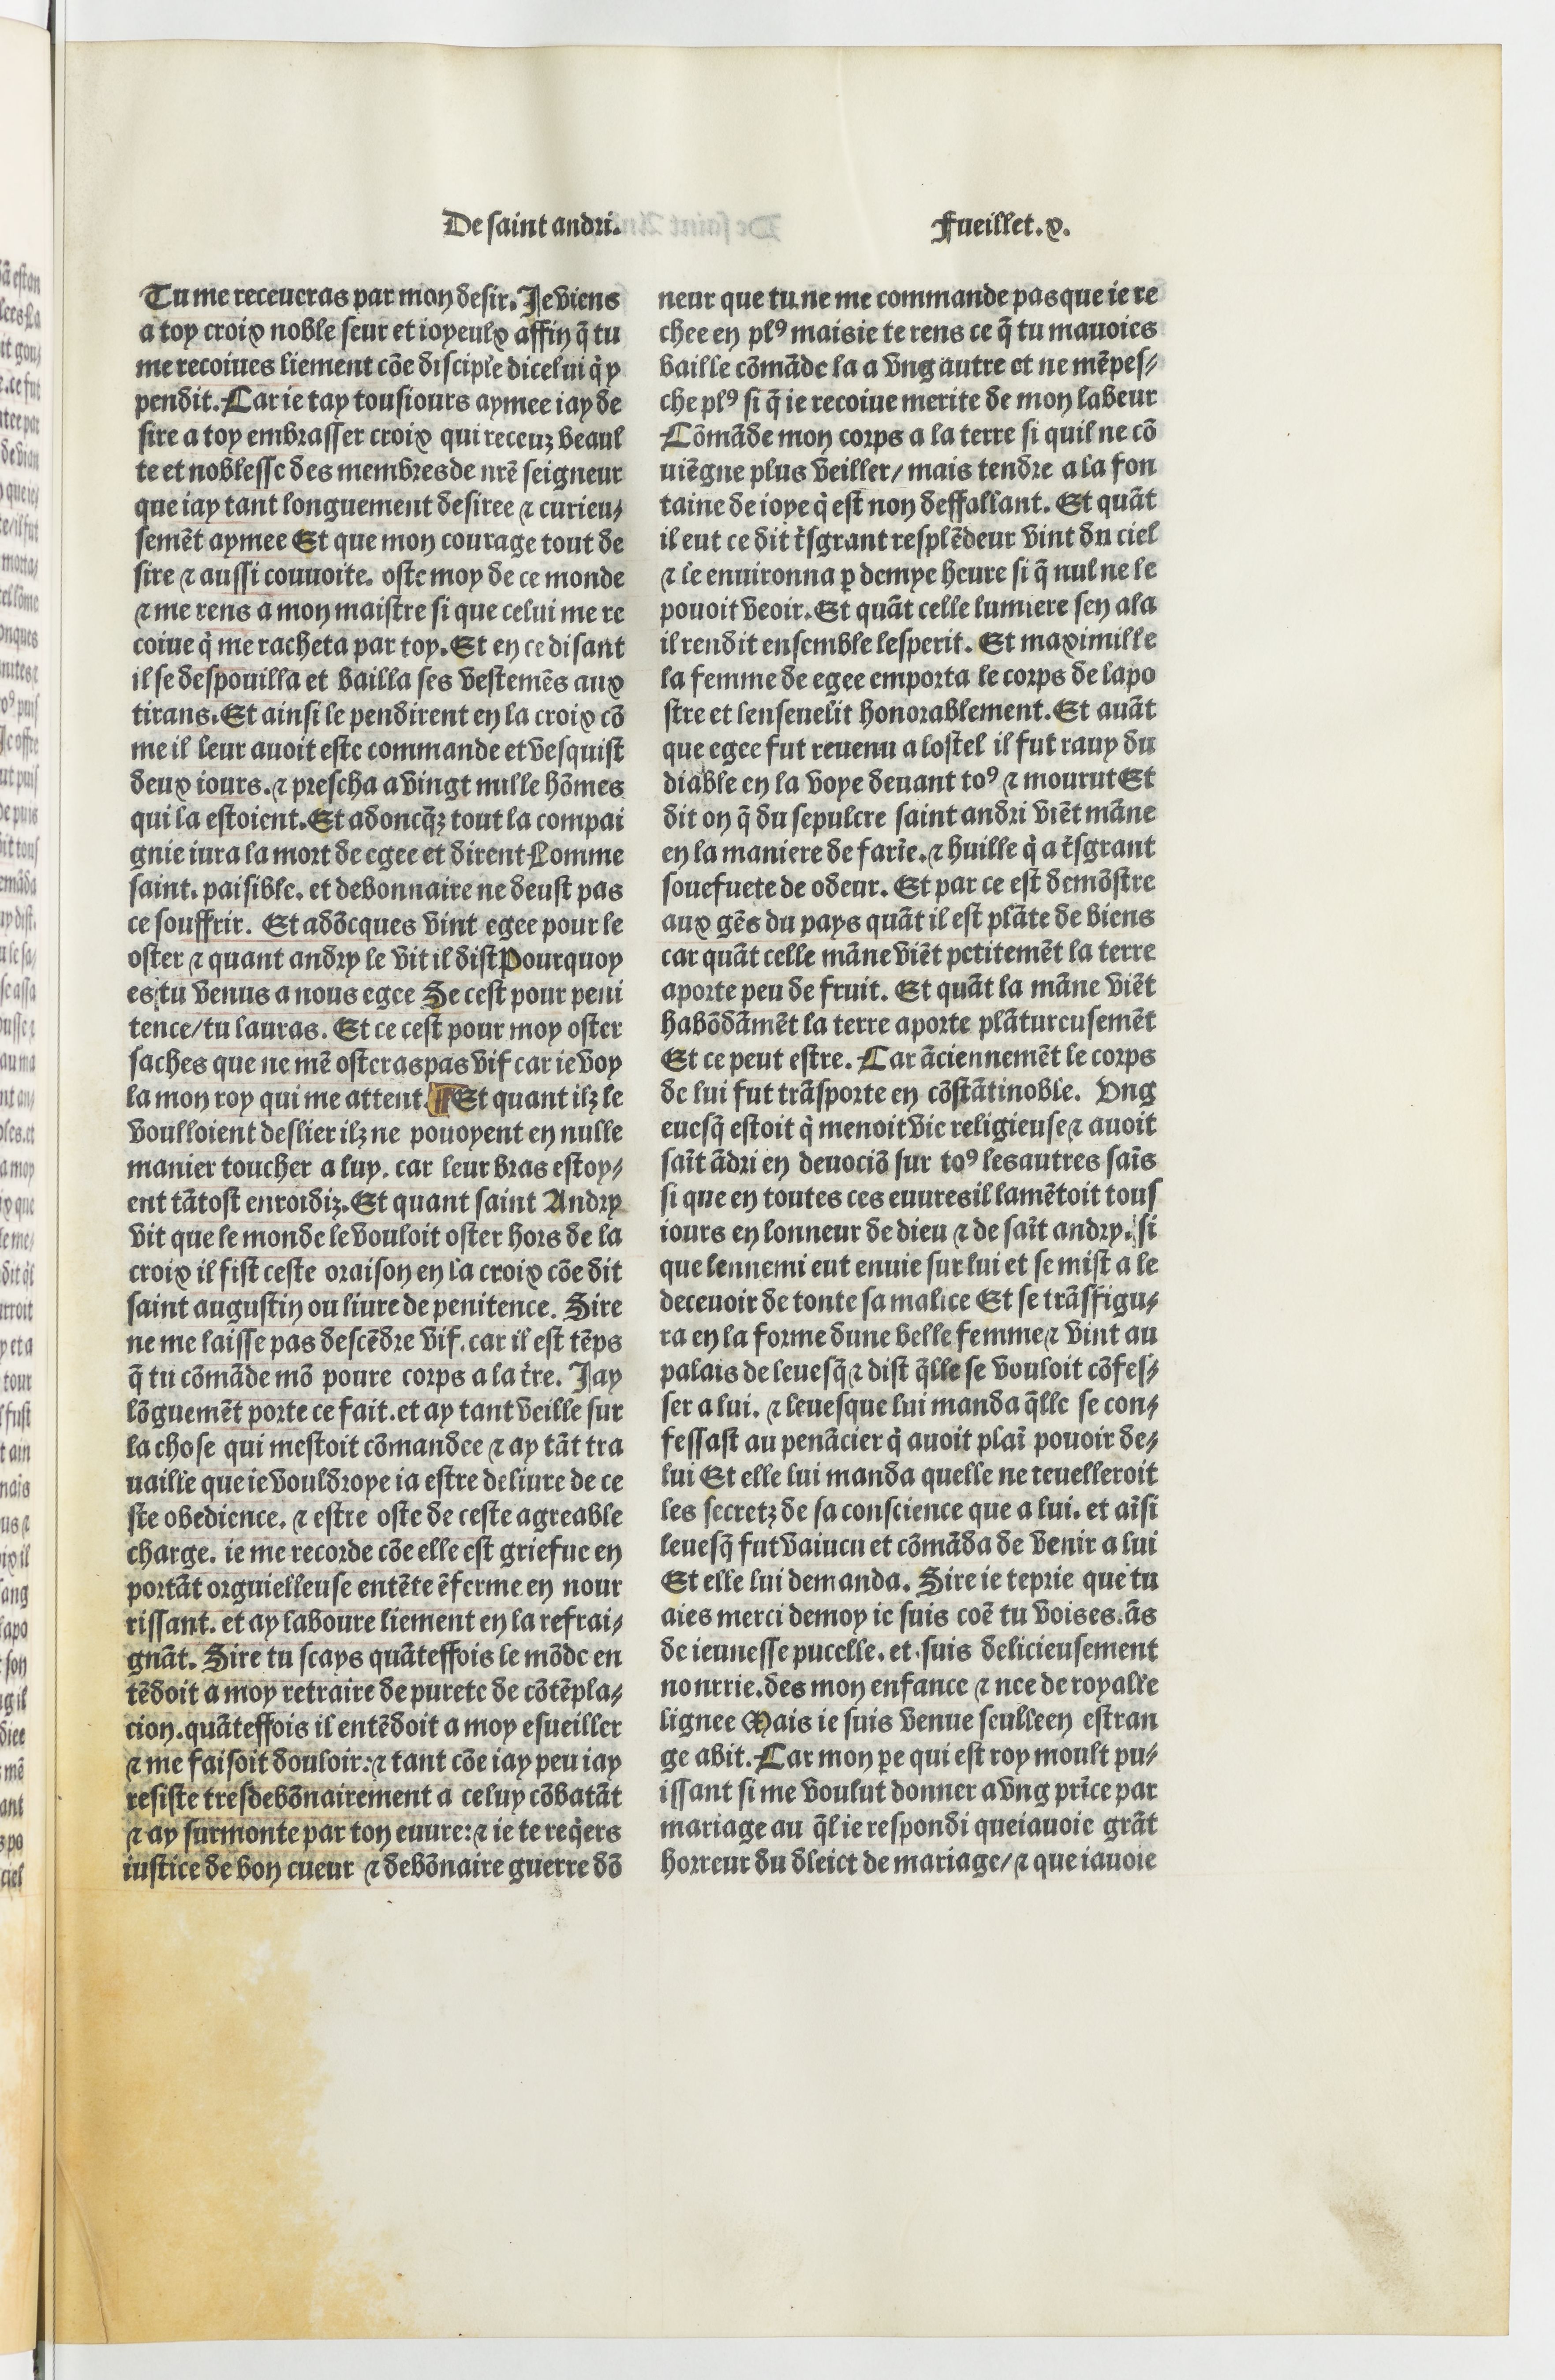
Shelfmark: Paris, BnF, Velins 690
Century: 15